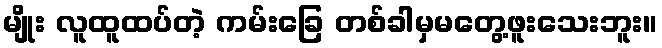
မျိုး လူထူထပ်တဲ့ ကမ်းခြေ တစ်ခါမှမတွေ့ဖူးသေးဘူး။